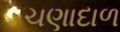
ચણાદાળ